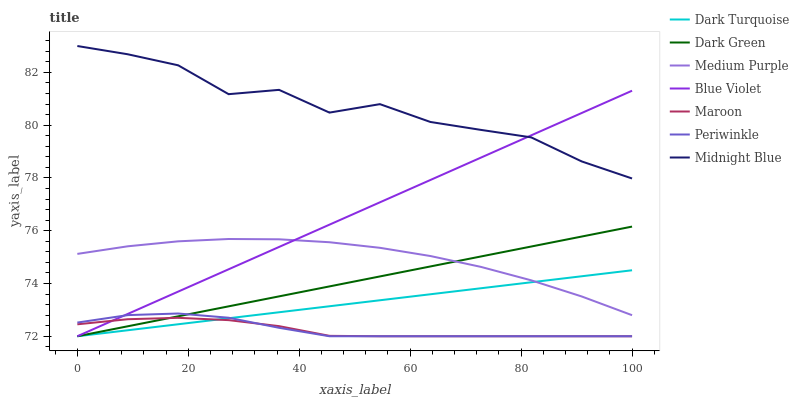
| xaxis_label | Dark Turquoise | Dark Green | Medium Purple | Blue Violet | Maroon | Periwinkle | Midnight Blue |
 | --- | --- | --- | --- | --- | --- | --- | --- |
 | 0 | 72 | 72 | 75.1 | 72 | 72.5 | 72.5 | 83 |
 | 9.09 | 72.2 | 72.4 | 75.4 | 72.8 | 72.6 | 72.8 | 82.7 |
 | 18.2 | 72.5 | 72.8 | 75.6 | 73.7 | 72.7 | 72.9 | 82.3 |
 | 27.3 | 72.7 | 73.1 | 75.7 | 74.5 | 72.6 | 72.7 | 81.2 |
 | 36.4 | 72.9 | 73.5 | 75.7 | 75.4 | 72.4 | 72.3 | 81.3 |
 | 45.5 | 73.1 | 73.9 | 75.6 | 76.2 | 72 | 72 | 80.5 |
 | 54.5 | 73.4 | 74.3 | 75.4 | 77.1 | 72 | 72 | 80.8 |
 | 63.6 | 73.6 | 74.6 | 75 | 77.9 | 72 | 72 | 80.1 |
 | 72.7 | 73.8 | 75 | 74.6 | 78.8 | 72 | 72 | 79.8 |
 | 81.8 | 74 | 75.4 | 74.1 | 79.6 | 72 | 72 | 79.5 |
 | 90.9 | 74.3 | 75.8 | 73.5 | 80.5 | 72 | 72 | 78.6 |
 | 100 | 74.5 | 76.2 | 72.8 | 81.3 | 72 | 72 | 78 |